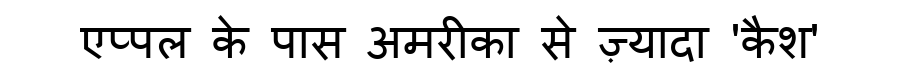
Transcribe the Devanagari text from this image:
एप्पल के पास अमरीका से ज़्यादा 'कैश'